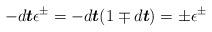
LaTeX: \begin{align*}-d\boldsymbol{t}\mathbf{\epsilon }^{\pm }=-d\boldsymbol{t}(1\mp d\boldsymbol{t})=\pm \mathbf{\epsilon }^{\pm }\end{align*}